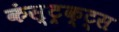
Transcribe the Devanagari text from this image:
कंस्ट्रक्ट्स